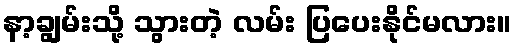
နာ့ချွမ်းသို့ သွားတဲ့ လမ်း ပြပေးနိုင်မလား။